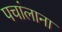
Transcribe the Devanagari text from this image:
पचांलाना